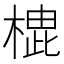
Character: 𪳡